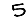
Digit: 5